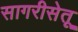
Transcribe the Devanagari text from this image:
सागरीसेतू